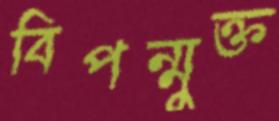
বিপন্মুক্ত